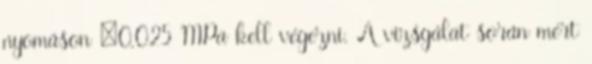
nyomáson ±0,025 MPa kell végezni. A vizsgálat során mért